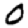
Digit: 0